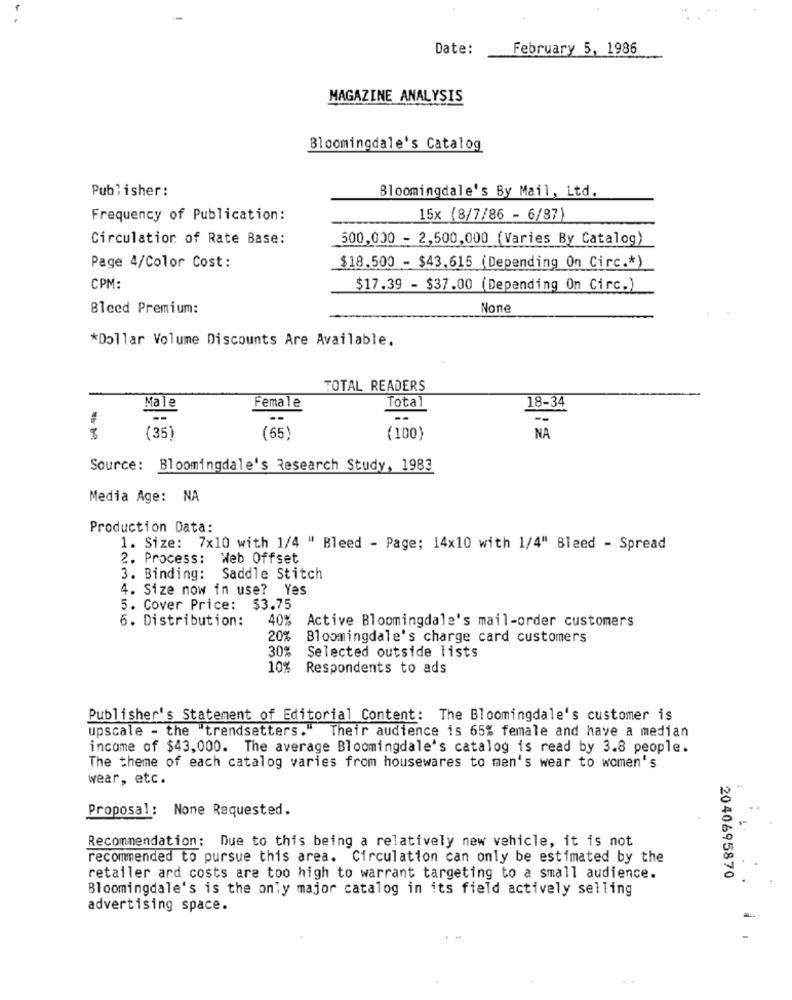
Date:
February 5, 1986
MAGAZINE ANALYSIS
Bloomingdale's Catalog
Publisher:
Bloomingdale's By Mail, Ltd.
Frequency of Publication:
15x (8/7/86 - 6/87)
Circulation of Rate Base:
500,000 - 2,500,000 (Varies By Catalog)
Page 4/Color Cost:
$18.500 - $43,615 (Depending On Circ .* )
CPM:
$17.39 - $37.00 (Depending On Circ.)
Bleed Premium:
*Dollar Volume Discounts Are Available.
TOTAL READERS
Total
18-34
Male
Female
--
--
8
(35)
(65)
(100)
NA
Source: Bloomingdale's Research Study, 1983
Media Age: NA
Production Data:
1. Size: 7x10 with 1/4 " Bleed - Page; 14x10 with 1/4" Bleed - Spread
2. Process: Web Offset
3. Binding: Saddle Stitch
4. Size now in use? Yes
5. Cover Price: $3.75
6. Distribution:
40%
Active Bloomingdale's mail-order customers
20%
Bloomingdale's charge card customers
30%
Selected outside lists
10%
Respondents to ads
Publisher's Statement of Editorial Content: The Bloomingdale's customer is
upscale - the "trendsetters ."
Their audience is 65% female and have a median
income of $43,000. The average Bloomingdale's catalog is read by 3.8 people.
The theme of each catalog varies from housewares to men's wear to women's
wear, etc.
Proposal: None Requested.
1.
Recommendation: Due to this being a relatively new vehicle, it is not
recommended to pursue this area. Circulation can only be estimated by the
retailer and costs are too high to warrant targeting to a small audience.
2040695870
Bloomingdale's is the only major catalog in its field actively selling
advertising space.